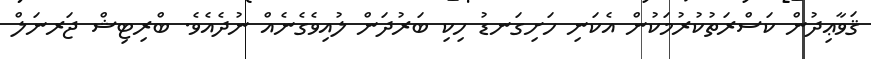
ޤަވާޢިދުން ކަސްރަތުކުރުމަކުން އެކަނި ހަށިގަނޑު ހިކި ބަރުދަން ލުއިވެގެނެއް ނުދެއެވެ. ބްރިޓިޝް ޖަރނަލް